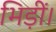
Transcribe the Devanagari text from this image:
भिड़ीं।